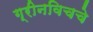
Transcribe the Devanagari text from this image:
ग्रीनविचचे